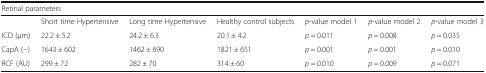
| <COLSPAN=5> Retinal parameters |  |  |
 | --- | --- | --- | --- | --- | --- | --- |
 |  | Short time Hypertensive | Long time Hypertensive | Healthy control subjects | p-value model 1 | p-value model 2 | p-value model 3 |
 | ICD (μm) | 22.2 ± 5.2 | 24.2 ± 6.3 | 20.1 ± 4.2 | p = 0.011 | p = 0.008 | p = 0.035 |
 | CapA (−) | 1643 ± 602 | 1462 ± 690 | 1821 ± 651 | p = 0.001 | p = 0.001 | p = 0.010 |
 | RCF (AU) | 299 ± 72 | 282 ± 70 | 314 ± 60 | p = 0.010 | p = 0.009 | p = 0.071 |